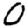
Digit: 0